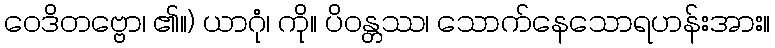
ဝေဒိတဗ္ဗော၊ ၏။) ယာဂုံ၊ ကို။ ပိဝန္တဿ၊ သောက်နေသောရဟန်းအား။